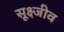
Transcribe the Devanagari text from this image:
सूक्ष्जीव